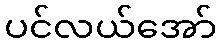
ပင်လယ်အော်